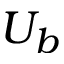
U _ { b }